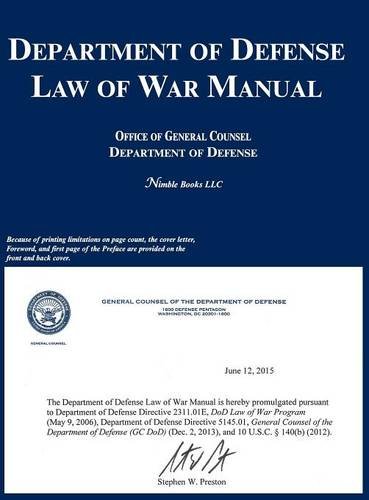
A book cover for Department of Defense Law of War Manual; OGC Department of Defense; Law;